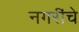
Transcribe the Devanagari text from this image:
नगरींचे